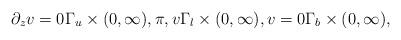
LaTeX: \begin{align*}\partial_z v =0 \Gamma_u\times(0,\infty), \pi, v \Gamma_l\times(0,\infty), v =0 \Gamma_b\times(0,\infty),\end{align*}